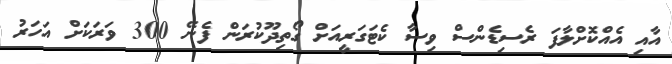
އާއި އެއްކޮށްލާފަ ރެސިޑެންސް ވިސާ ކެޓަގަރީއަށް ގޯތިދޫކުރަން ފެނޭ 300 ވަރަކަށް އަހަރު